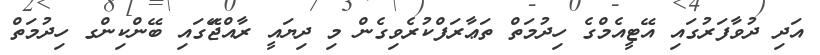
އަދި ދުވާފަރުގައި އޭޓީއެމްގެ ހިދުމަތް ތަޢާރަފްކުރެވިގެން މި ދިޔައީ ރާއްޖޭަގައި ބޭންކިންގ ހިދުމަތް